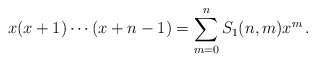
\begin{align*} x(x+1)\cdots(x+n-1)=\sum_{m=0}^n S_1(n,m)x^m\,. \end{align*}